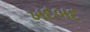
ખદબદ